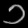
Digit: ၁